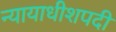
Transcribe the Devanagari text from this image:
न्यायाधीशपदी